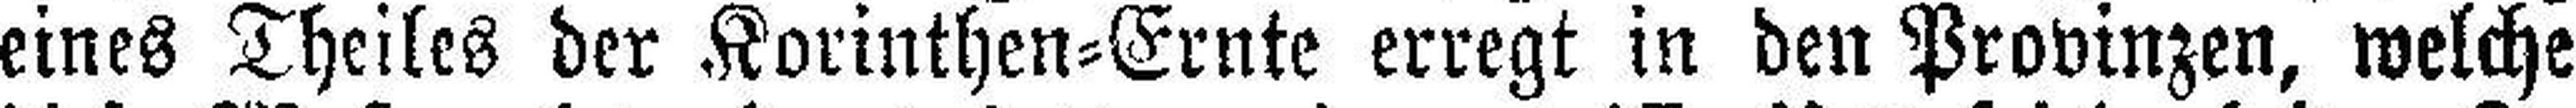
eines Theiles der Korinthen=Ernte erregt in den Provinzen, welche